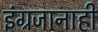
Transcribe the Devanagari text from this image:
इंग्रजानाही